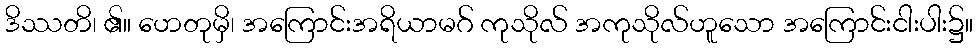
ဒိဿတိ၊ ၏။ ဟေတုမှိ၊ အကြောင်းအရိယာမဂ် ကုသိုလ် အကုသိုလ်ဟူသော အကြောင်းငါးပါး၌။